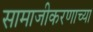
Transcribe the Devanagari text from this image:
सामाजीकरणाच्या